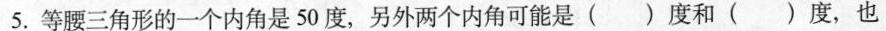
5. 等腰三角形的一个内角是50度，另外两个内角可能是()度和()度，也